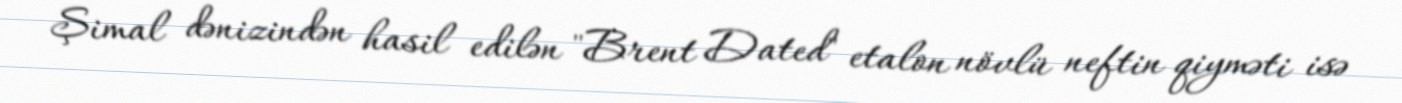
Şimal dənizindən hasil edilən "Brent Dated" etalon növlü neftin qiyməti isə